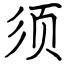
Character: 须